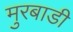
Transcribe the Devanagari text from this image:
मुरबाडी